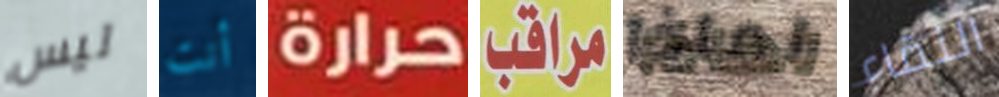
ليس أنت حرارة مراقب لماذا النقاء